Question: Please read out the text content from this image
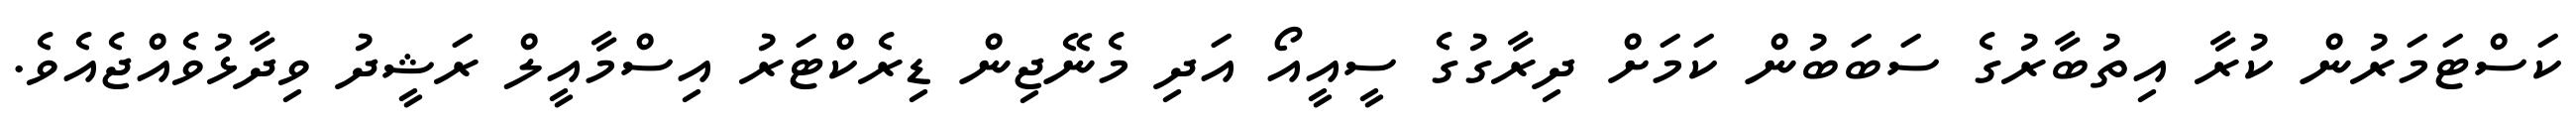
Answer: ކަސްޓަމަރުން ކުރާ އިތުބާރުގެ ސަބަބުން ކަމަށް ދިރާގުގެ ސީއީއޯ އަދި މެނޭޖިން ޑިރެކްޓަރު އިސްމާއީލް ރަޝީދު ވިދާޅުވެއްޖެއެވެ.